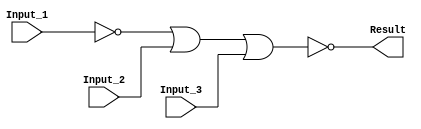
/******************************************************************************
 ** Logisim goes FPGA automatic generated Verilog code                       **
 **                                                                          **
 ** Component : NOR_GATE_3_INPUTS                                            **
 **                                                                          **
 ******************************************************************************/

module NOR_GATE_3_INPUTS( Input_1,
                          Input_2,
                          Input_3,
                          Result);

   /***************************************************************************
    ** Here all module parameters are defined with a dummy value             **
    ***************************************************************************/
   parameter BubblesMask = 1;


   /***************************************************************************
    ** Here the inputs are defined                                           **
    ***************************************************************************/
   input  Input_1;
   input  Input_2;
   input  Input_3;

   /***************************************************************************
    ** Here the outputs are defined                                          **
    ***************************************************************************/
   output Result;

   /***************************************************************************
    ** Here the internal wires are defined                                   **
    ***************************************************************************/
   wire s_real_input_1;
   wire s_real_input_2;
   wire s_real_input_3;
   wire[2:0] s_signal_invert_mask;


   /***************************************************************************
    ** Here the bubbles are processed                                        **
    ***************************************************************************/
   assign s_signal_invert_mask = BubblesMask;
   assign s_real_input_1 = (s_signal_invert_mask[0]) ? ~Input_1: Input_1;
   assign s_real_input_2 = (s_signal_invert_mask[1]) ? ~Input_2: Input_2;
   assign s_real_input_3 = (s_signal_invert_mask[2]) ? ~Input_3: Input_3;

   /***************************************************************************
    ** Here the functionality is defined                                     **
    ***************************************************************************/
   assign Result = ~(s_real_input_1 |
                     s_real_input_2 |
                     s_real_input_3);


endmodule